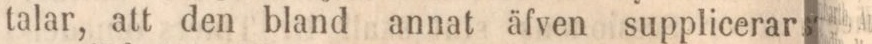
talar, att den bland annat äfven supplicerar